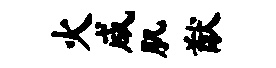
火咸肌猷